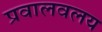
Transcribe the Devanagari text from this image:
प्रवालवलय